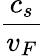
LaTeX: \frac{c_{s}}{v_{F}}